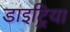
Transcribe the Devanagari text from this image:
डाइट्रिया